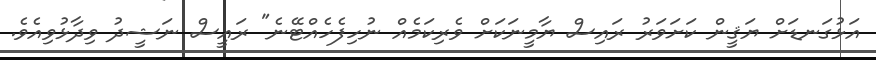
އަޅުގަނޑަށް ޔަޤީން ކަށަވަރު ރައިސް ޔާމީނަކަށް ވެރިކަމެއް ނުހިފެހެއްޓޭނެ" ރައީސް ނަޝީދު ވިދާޅުވިއެވެ.